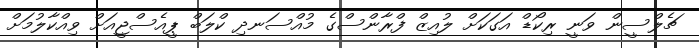
ޗެލްސީން ވަނީ ރިކޯޑް އަގަކަށް ލުއިޒް ފްރާންސްގެ މުއްސަނދި ކްލަބް ޕީއެސްޖީއަށް ވިއްކާލުމަށް